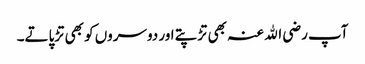
آپ رضی اﷲ عنہ بھی تڑپتے اور دوسروں کو بھی تڑپاتے۔